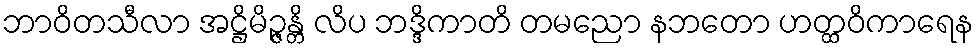
ဘာဝိတသီလာ အဋ္ဌိမိဉ္ဇန္တိ လိပ ဘဒ္ဒိကာတိ တမညော နဘတော ဟတ္ထဝိကာရေန